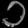
Digit: ၁